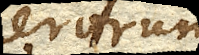
omnium